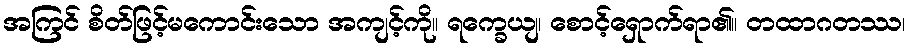
အကြင် စိတ်ဖြင့်မကောင်းသော အကျင့်ကို။ ရက္ခေယျ၊ စောင့်ရှောက်ရာ၏။ တထာဂတဿ၊